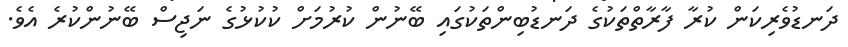
ދަނޑުވެރިކަން ކުރާ ފާރާތްތަކުގެ ދަނޑުބިންތަކުގައި ބޭނުން ކުރުމަށް ކުކުޅުގެ ނަޖިސް ބޭނުންކުރެ އެވެ.